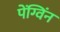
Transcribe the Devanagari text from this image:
पेंग्विंन